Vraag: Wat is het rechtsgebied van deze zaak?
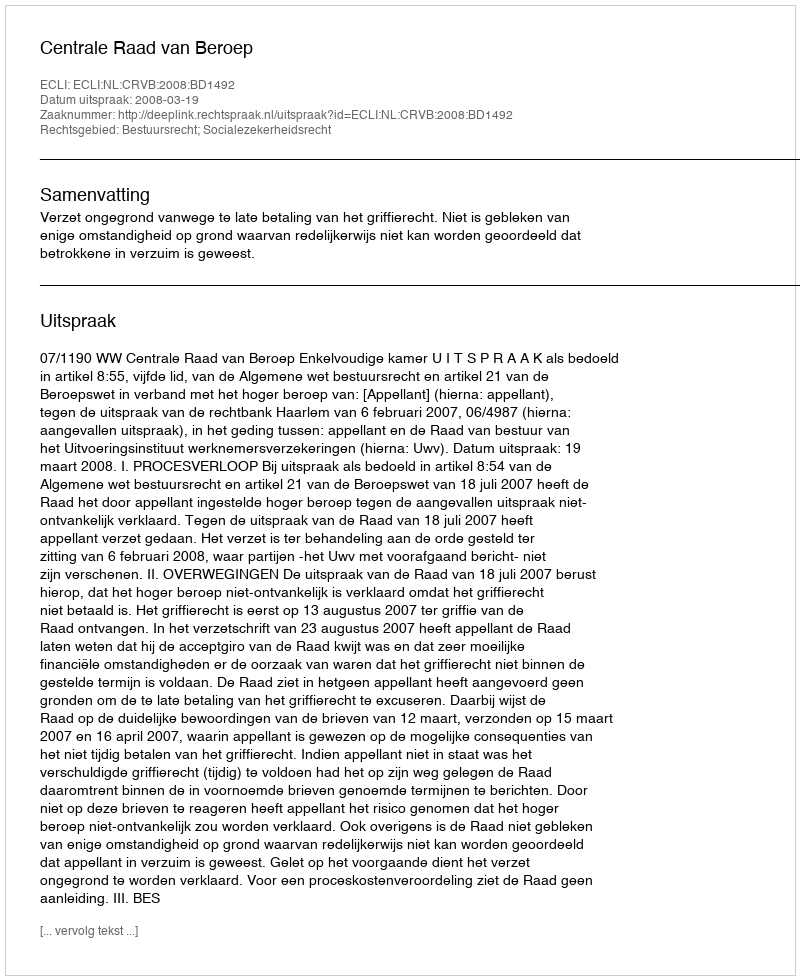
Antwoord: Bestuursrecht; Socialezekerheidsrecht